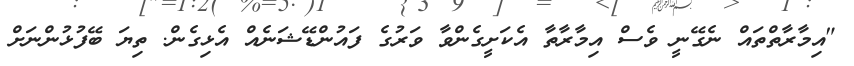
"އިމާރާތްތައް ނެގޭނީ ވެސް އިމާރާތާ އެކަށީގެންވާ ވަރުގެ ފައުންޑޭޝަނެއް އެޅިގެން. ތިޔަ ބޭފުޅުންނަށް